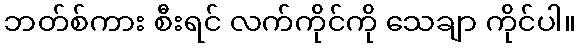
ဘတ်စ်ကား စီးရင် လက်ကိုင်ကို သေချာ ကိုင်ပါ။